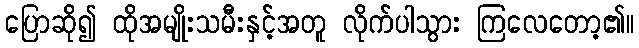
ပြောဆို၍ ထိုအမျိုးသမီးနှင့်အတူ လိုက်ပါသွား ကြလေတော့၏။